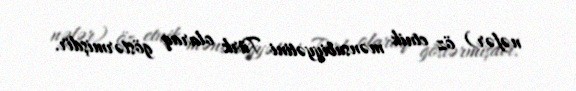
nəfər) öz etnik mənsubiyyətini Türk olaraq göstərmişdir.